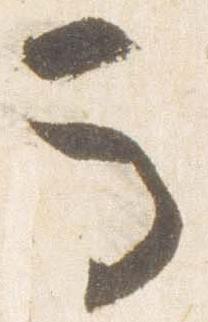
馬